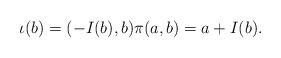
LaTeX: \begin{align*} \iota(b) = (-I(b), b) \pi(a, b) = a + I(b).\end{align*}